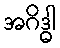
အဂိဒ္ဓါ